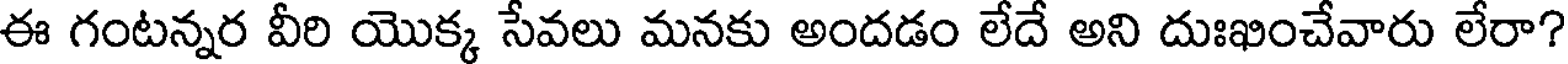
ఈ గంటన్నర వీరి యొక్క సేవలు మనకు అందడం లేదే అని దుఃఖించేవారు లేరా?